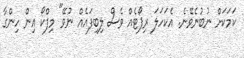
ކަމަކަށް ނުބުނެވޭނެ. އެކަހަލަ ރިޕޯޓެއް ވެސް ލިބިފައެއް ނުވޭ" މިފްކޯ އިން ހިންގާ